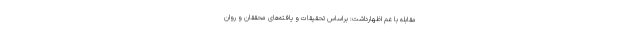
مقابله با غم اظهارداشت: براساس تحقیقات و یافته‌های محققان و روان‌